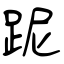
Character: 跜